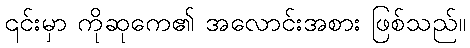
၎င်းမှာ ကိုဆုကေ၏ အလောင်းအစား ဖြစ်သည်။